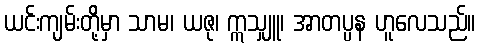
ယင်းကျမ်းတို့မှာ သာမ၊ ယဇု၊ ဣသျှူ၊ အာတပ္ပန ဟူလေသည်။